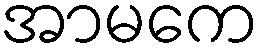
အာမကေ